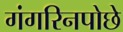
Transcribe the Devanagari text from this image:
गंगरिनपोछे